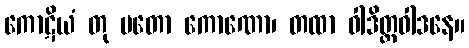
ကောဋိယံ တု မတော ကောဏော၊ တထာ ဝါဒိတ္တဝါဒနေ။